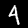
Digit: 4